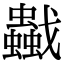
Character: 𧔼